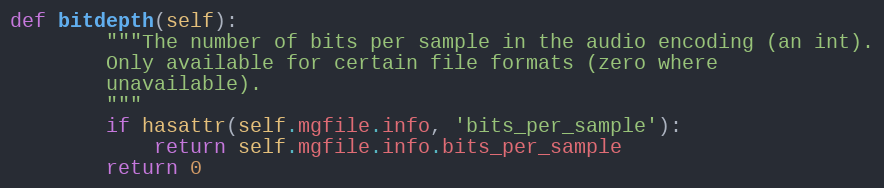
Language: Python
def bitdepth(self):
        """The number of bits per sample in the audio encoding (an int).
        Only available for certain file formats (zero where
        unavailable).
        """
        if hasattr(self.mgfile.info, 'bits_per_sample'):
            return self.mgfile.info.bits_per_sample
        return 0